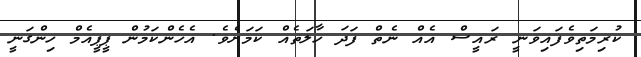
ކުރިމަތިވެފައިވަނީ ރައީސް އެއް ނެތް ފަަދަ ހާލަތެއް ކަމަށެވެ. އެހެންކަމުން ޕީޕީއެމް ހިންގަނީ